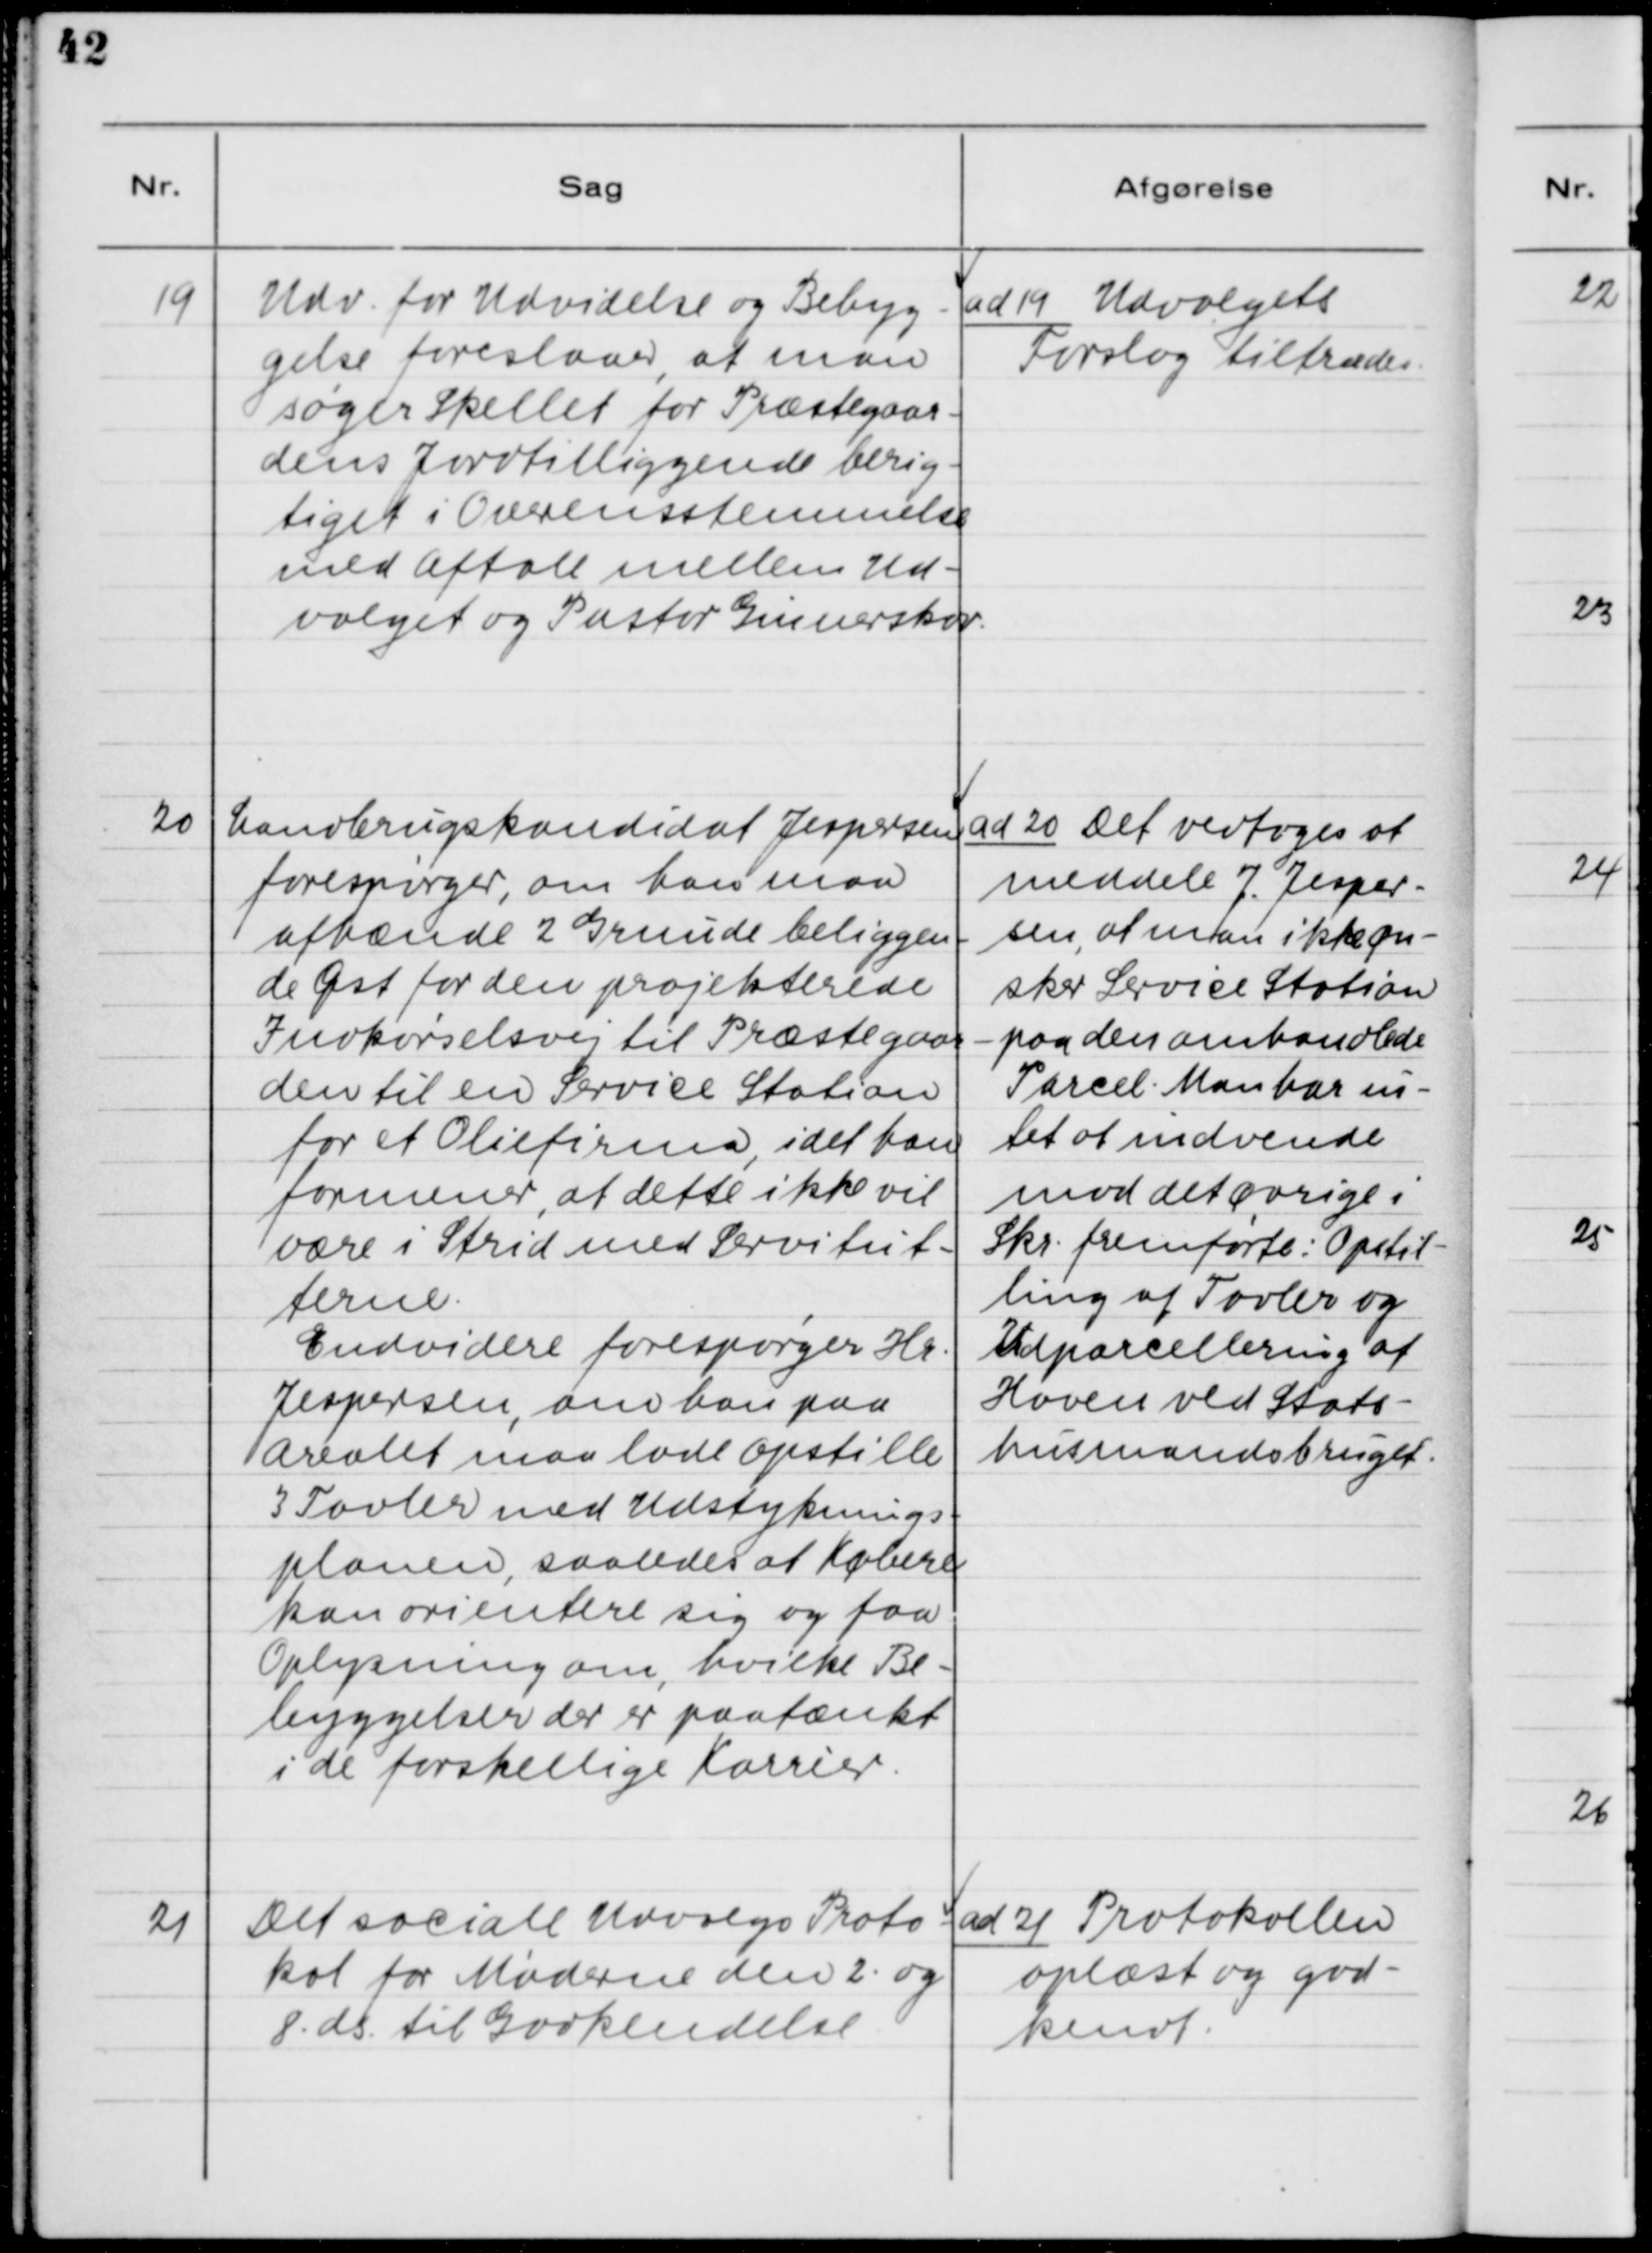
Transskription:
19. Udv. for Udvidelse og Bebyg-
gelse foreslaar, at man
søger Skellet for Præstegaar-
dens Jordtilliggende berig-
tiget i Overensstemmelse
med Aftale mellem Ud-
valget og Pastor Gunnerskov.

ad 19. Udvalgets
Forslag tiltrædes.

20. Landbrugskandidat Jespersen
forespørger, om han maa
afhænde 2 Grunde beliggen-
de Øst for den projekterede
Indkørselsvej til Præstegaar-
den til en Service Station
for et Oliefirma, idet han
formener, at dette ikke vil
være i Strid med Servitut-
terne.
Endvidere forespørger Hr.
Jespersen, om han paa
Arealet maa lade Opstille
3 Tavler med Udstyknings-
planen, saaledes at Købere
kan orientere sig og faa
Oplysning om, hvilke Be-
byggelser der er paatænkt
i de forskellige Karrier.

ad 20. Det vedtoges at
meddele J. Jesper-
sen, at man ikke øn-
sker Service Station
paa den omhandlede
Parcel. Man har in-
tet at indvende
mod det øvrige i
Skr. fremførte: Opstil-
ling af Tavler og
Udparcellering af
Haven ved Stats-
husmandsbruget.

21. Det sociale Udvalgs Proto-
kol for Møderne den 2. og
8. ds. til Godkendelse.

ad 21. Protokollen
oplæst og god-
kendt.